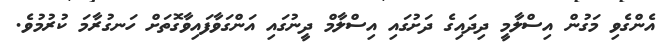
އެންގެވި މަގުން އިސްލާމީ ދިދައިގެ ދަށުގައި އިސްލާމް ދީނުގައި އަންގަވާފައިވާގޮތަށް ހަނގުރާމަ ކުރުމުވެ.